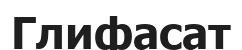
Глифасат